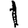
Digit: 1